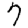
Digit: 7